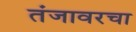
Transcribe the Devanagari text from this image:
तंजावरचा